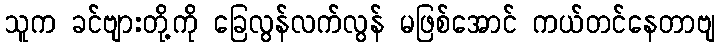
သူက ခင်ဗျားတို့ကို ခြေလွန်လက်လွန် မဖြစ်အောင် ကယ်တင်နေတာဗျ